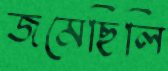
জমেছিলি